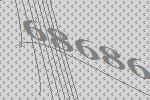
68686